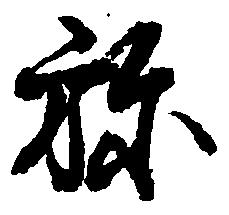
弥